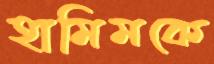
হামিমকে